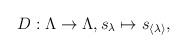
LaTeX: \begin{gather*} D:\Lambda\to \Lambda,s_{\lambda}\mapsto s_{\langle \lambda \rangle}, \end{gather*}